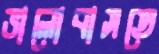
ভালোবাসতে